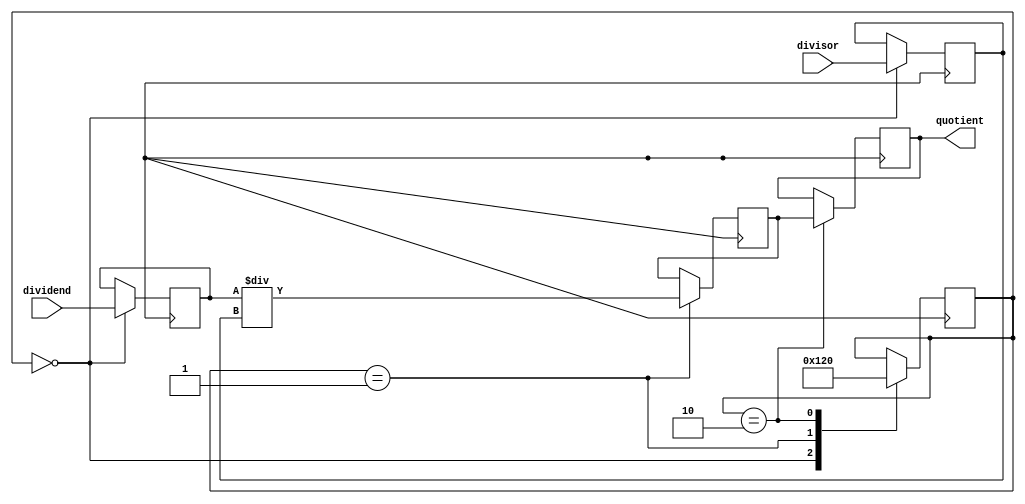
module PipelinedDivider (
    input wire signed [31:0] dividend,
    input wire signed [31:0] divisor,
    output wire signed [31:0] quotient
);

reg signed [31:0] dividend_reg;
reg signed [31:0] divisor_reg;
reg signed [31:0] quotient_reg;
reg [3:0] state;

always @ (posedge clk) begin
    case (state)
        0: begin // Load inputs
            dividend_reg <= dividend;
            divisor_reg <= divisor;
            state <= 1;
        end
        1: begin // Perform division
            quotient_reg <= dividend_reg / divisor_reg;
            state <= 2;
        end
        2: begin // Output result
            quotient <= quotient_reg;
            state <= 0;
        end
    endcase
end

endmodule